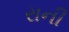
રાની